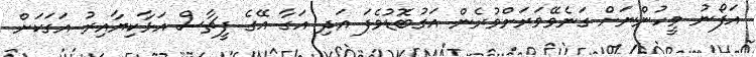
އަފޯނު މީހުންނަށް ގަނެވޭވަރަށްވުރެން އަގުބޮަޑުވެެފަ އަދި އަގާ އޭގެ ފީޗާސް އަޅާކިޔާއިރު އަގަކަށް